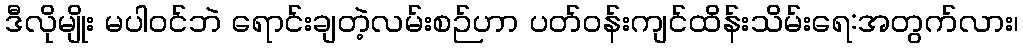
ဒီလိုမျိုး မပါဝင်ဘဲ ရောင်းချတဲ့လမ်းစဉ်ဟာ ပတ်ဝန်းကျင်ထိန်းသိမ်းရေ:အတွက်လား၊